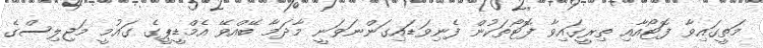
މަތީގައިވާ ފޮޓޯއާއި ތިރީގައިވާ ފޮޓޯތަކުން ފެނިވަޑައިގަންނަވަނީ މާދަމާ ބޭއްވޭ އެމްޑީޕީގެ ގައުމީ މަޖިލިސްގެ